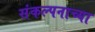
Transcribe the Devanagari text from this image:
संकल्पनाच्या